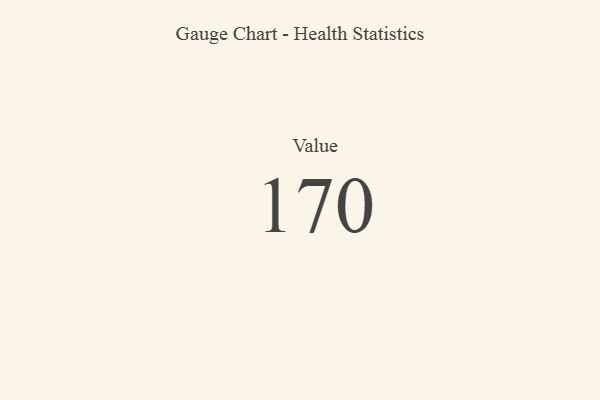
{"axis": {"x": "Metric", "y": "Value"}, "legend": [""], "data": [{"x": "Value", "y": 170, "type": ""}]}